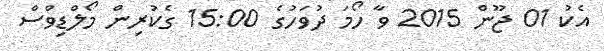
އެކު 01 ޖޫން 2015 ވާ ހޯމަ ދުވަހުގެ 15:00 ގެކުރިން މޯލްޑިވްސް